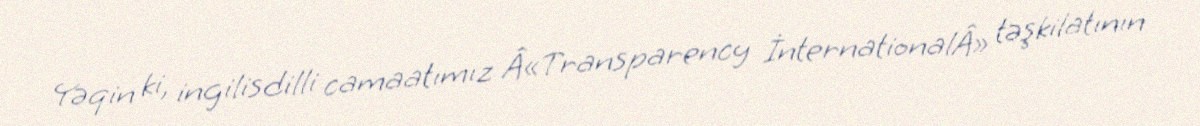
Yəqin ki, ingilisdilli camaatımız Â«Transparency İnternationalÂ» təşkilatının